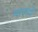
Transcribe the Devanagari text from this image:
मालदे